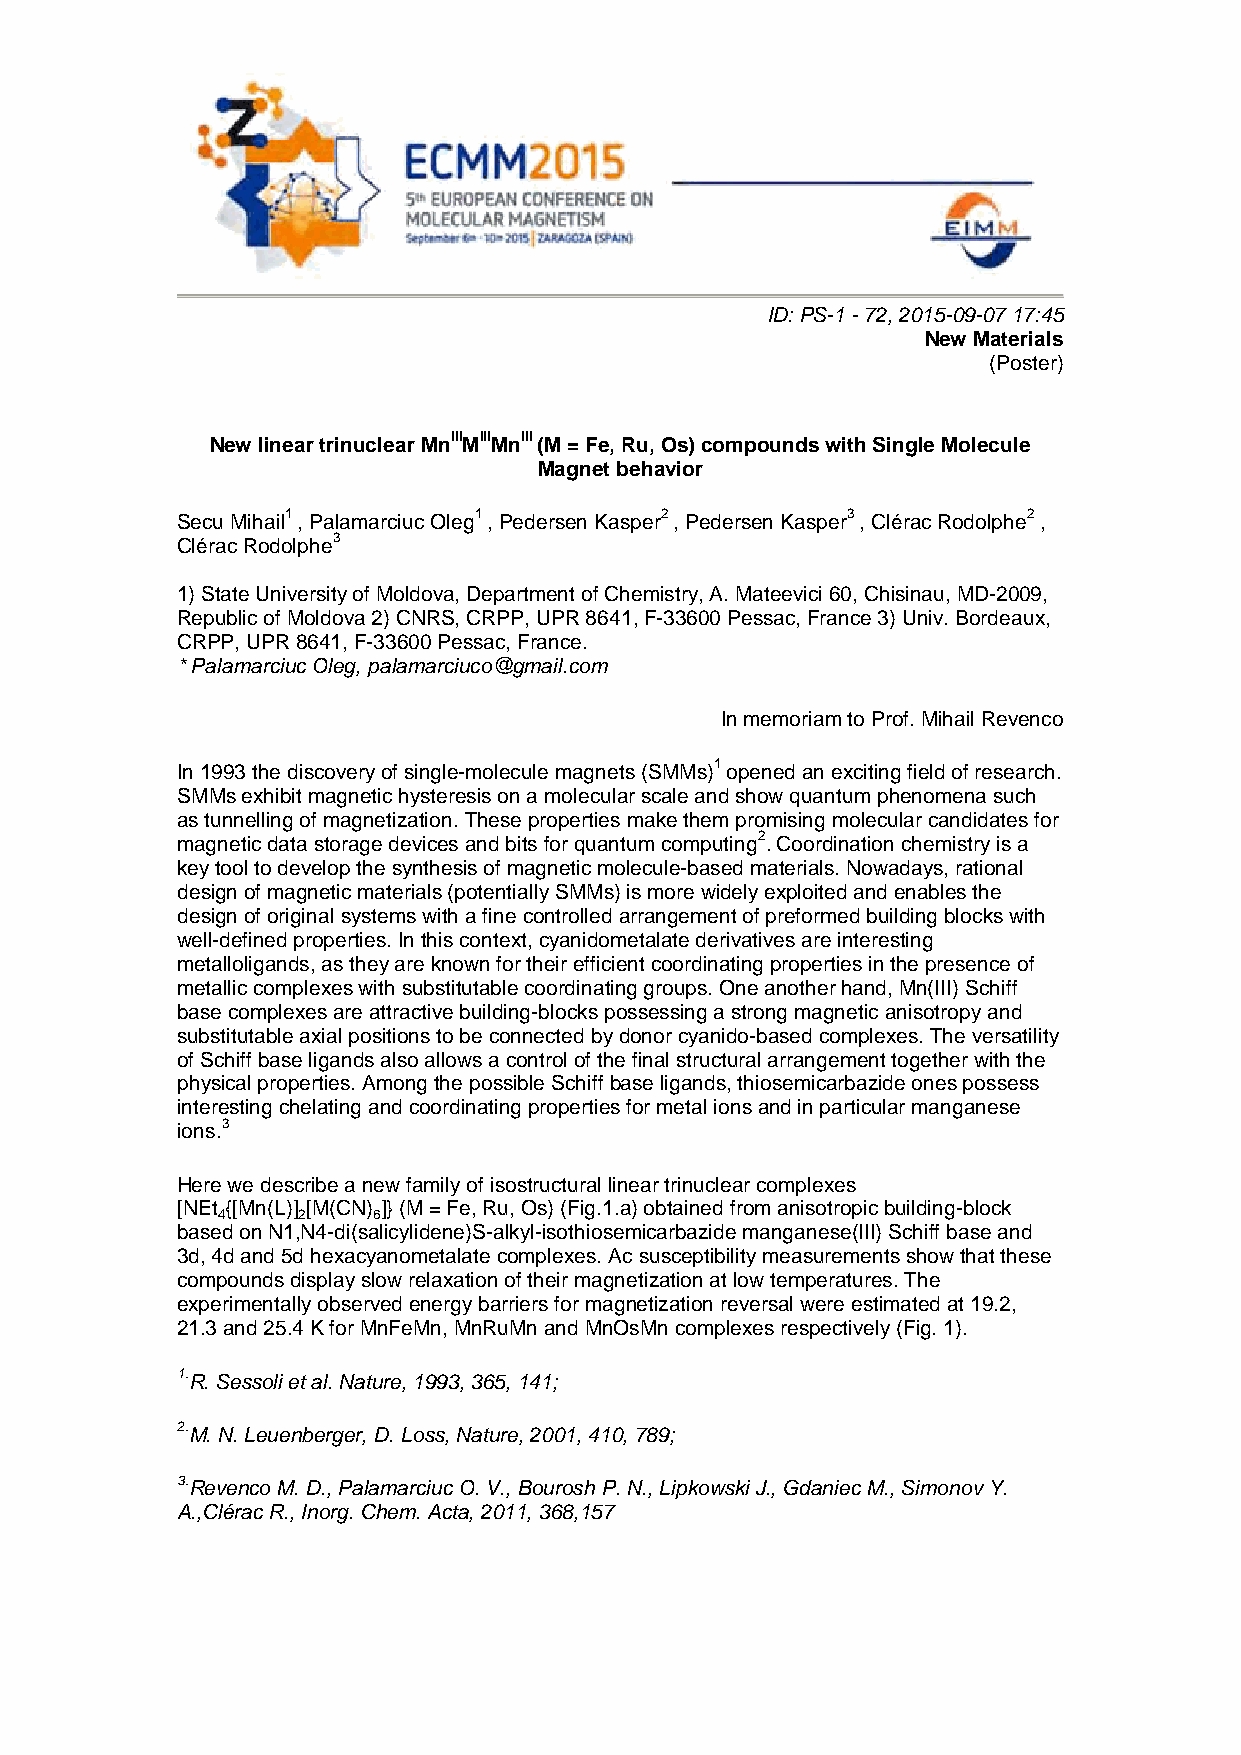
ID: PS-1 - 72, 2015-09-07 17:45
 New Materials
 (Poster)
 New linear trinuclear MnIIIMIIIMnIII (M = Fe, Ru, Os) compounds with Single Molecule
 Magnet behavior
 Secu Mihail1 , Palamarciuc Oleg1 , Pedersen Kasper2 , Pedersen Kasper3 , Clérac Rodolphe2 ,
 Clérac Rodolphe3
 1) State University of Moldova, Department of Chemistry, A. Mateevici 60, Chisinau, MD-2009,
 Republic of Moldova 2) CNRS, CRPP, UPR 8641, F-33600 Pessac, France 3) Univ. Bordeaux,
 CRPP, UPR 8641, F-33600 Pessac, France.
 * Palamarciuc Oleg, palamarciuco@gmail.com
 In memoriam to Prof. Mihail Revenco
 In 1993 the discovery of single-molecule magnets (SMMs)1 opened an exciting field of research.
 SMMs exhibit magnetic hysteresis on a molecular scale and show quantum phenomena such
 as tunnelling of magnetization. These properties make them promising molecular candidates for
 magnetic data storage devices and bits for quantum computing2. Coordination chemistry is a
 key tool to develop the synthesis of magnetic molecule-based materials. Nowadays, rational
 design of magnetic materials (potentially SMMs) is more widely exploited and enables the
 design of original systems with a fine controlled arrangement of preformed building blocks with
 well-defined properties. In this context, cyanidometalate derivatives are interesting
 metalloligands, as they are known for their efficient coordinating properties in the presence of
 metallic complexes with substitutable coordinating groups. One another hand, Mn(III) Schiff
 base complexes are attractive building-blocks possessing a strong magnetic anisotropy and
 substitutable axial positions to be connected by donor cyanido-based complexes. The versatility
 of Schiff base ligands also allows a control of the final structural arrangement together with the
 physical properties. Among the possible Schiff base ligands, thiosemicarbazide ones possess
 interesting chelating and coordinating properties for metal ions and in particular manganese
 ions.3
 Here we describe a new family of isostructural linear trinuclear complexes
 [NEt {[Mn(L)] [M(CN) ]} (M = Fe, Ru, Os) (Fig.1.a) obtained from anisotropic building-block
 4     2    6
 based on N1,N4-di(salicylidene)S-alkyl-isothiosemicarbazide manganese(III) Schiff base and
 3d, 4d and 5d hexacyanometalate complexes. Ac susceptibility measurements show that these
 compounds display slow relaxation of their magnetization at low temperatures. The
 experimentally observed energy barriers for magnetization reversal were estimated at 19.2,
 21.3 and 25.4 K for MnFeMn, MnRuMn and MnOsMn complexes respectively (Fig. 1).
 1.R. Sessoli et al. Nature, 1993, 365, 141;
 2.M. N. Leuenberger, D. Loss, Nature, 2001, 410, 789;
 3.Revenco M. D., Palamarciuc O. V., Bourosh P. N., Lipkowski J., Gdaniec M., Simonov Y.
 A.,Clérac R., Inorg. Chem. Acta, 2011, 368,157